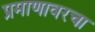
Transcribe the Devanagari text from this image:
प्रमाणावरचा